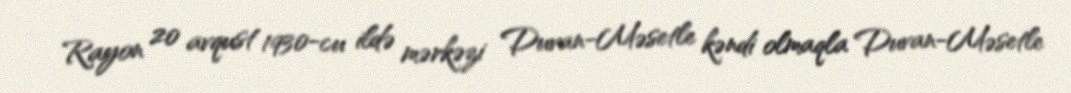
Rayon 20 avqust 1930-cu ildə mərkəzi Duvan-Məsetle kəndi olmaqla Duvan-Məsetle